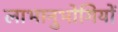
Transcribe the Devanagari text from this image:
लाभानुभोगियों